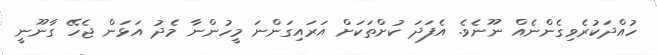
ހުއްދަކުރެވިގެންނެއް ނޫނެވެ. އެފަދަ ކުށްތަކަށް އަރައިގަންނަ މީހުންނާ މެދު އަޅަން ޖެހޭ ގާނޫނީ